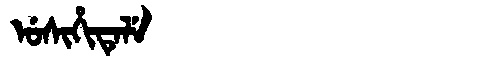
Manchu: ᡠᠰᡳᡥᡳᡨᡝᠯᡝ
Romanization: USIHITELE